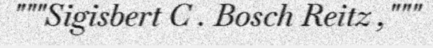
"""Sigisbert C . Bosch Reitz ,"""